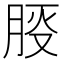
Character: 𪱠